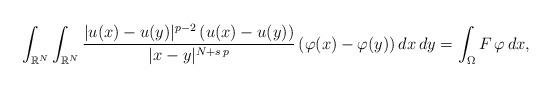
LaTeX: \begin{align*}\int_{\mathbb{R}^N} \int_{\mathbb{R}^N} \frac{|u(x)-u(y)|^{p-2}\,(u(x)-u(y))}{|x-y|^{N+s\,p}}\,(\varphi(x)-\varphi(y))\,dx\,dy=\int_{\Omega} F\,\varphi\,dx,\end{align*}